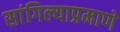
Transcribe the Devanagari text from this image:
सांगिल्याप्रमाणे